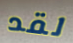
لقد